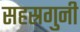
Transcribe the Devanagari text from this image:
सहस्रगुनी